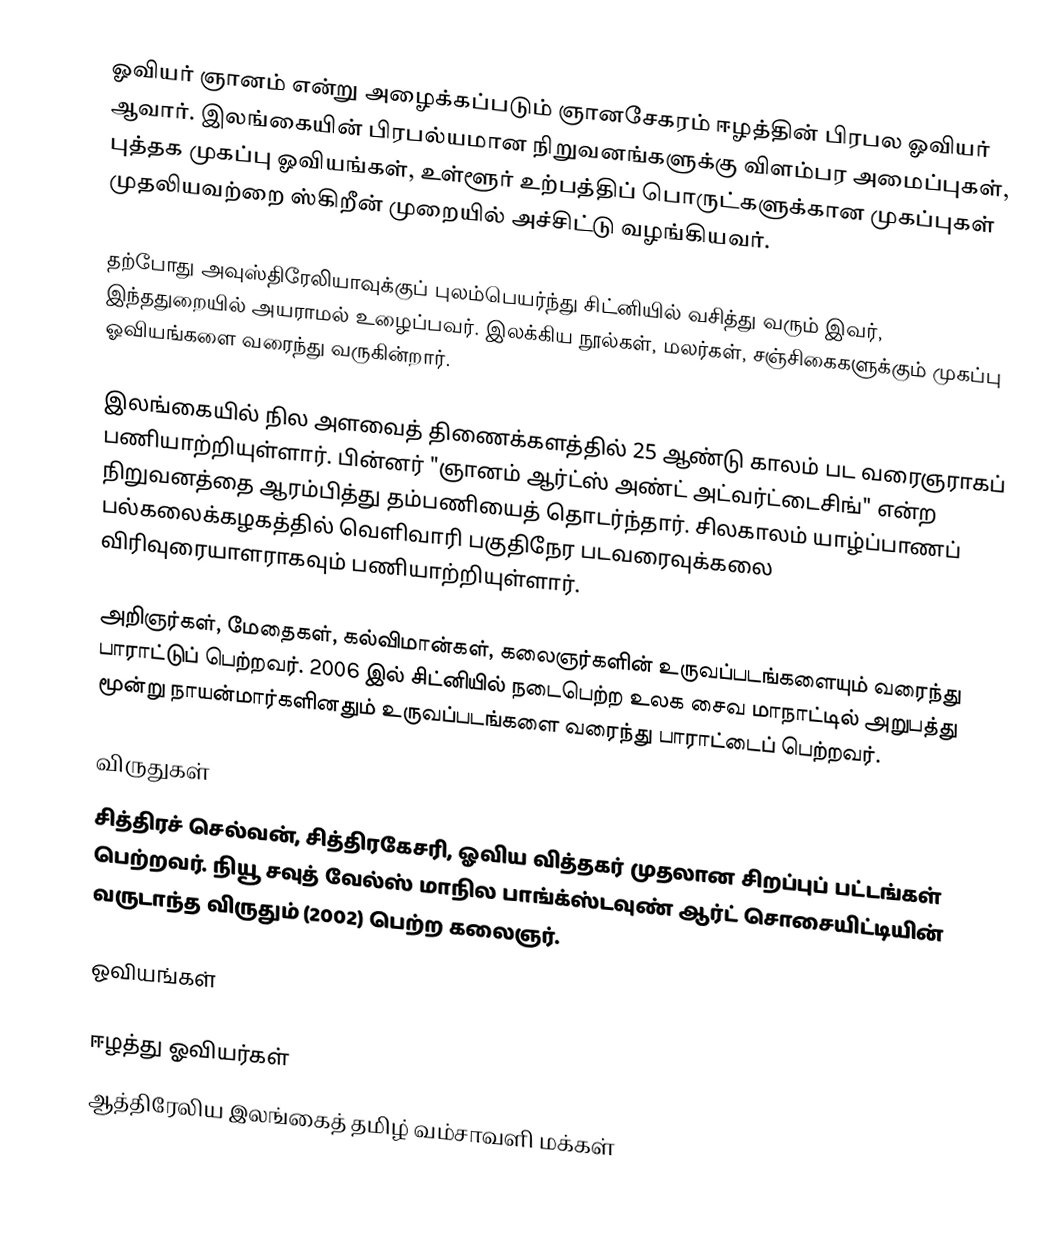
ஓவியர் ஞானம் என்று அழைக்கப்படும் ஞானசேகரம் ஈழத்தின் பிரபல ஓவியர் ஆவார். இலங்கையின் பிரபல்யமான நிறுவனங்களுக்கு விளம்பர அமைப்புகள், புத்தக முகப்பு ஓவியங்கள், உள்ளூர் உற்பத்திப் பொருட்களுக்கான முகப்புகள் முதலியவற்றை ஸ்கிறீன் முறையில் அச்சிட்டு வழங்கியவர்.

தற்போது அவுஸ்திரேலியாவுக்குப் புலம்பெயர்ந்து சிட்னியில் வசித்து வரும் இவர், இந்ததுறையில் அயராமல் உழைப்பவர். இலக்கிய நூல்கள், மலர்கள், சஞ்சிகைகளுக்கும் முகப்பு ஓவியங்களை வரைந்து வருகின்றார்.

இலங்கையில் நில அளவைத் திணைக்களத்தில் 25 ஆண்டு காலம் பட வரைஞராகப் பணியாற்றியுள்ளார். பின்னர் "ஞானம் ஆர்ட்ஸ் அண்ட் அட்வர்ட்டைசிங்" என்ற நிறுவனத்தை ஆரம்பித்து தம்பணியைத் தொடர்ந்தார். சிலகாலம் யாழ்ப்பாணப் பல்கலைக்கழகத்தில் வெளிவாரி பகுதிநேர படவரைவுக்கலை விரிவுரையாளராகவும் பணியாற்றியுள்ளார்.

அறிஞர்கள், மேதைகள், கல்விமான்கள், கலைஞர்களின் உருவப்படங்களையும் வரைந்து பாராட்டுப் பெற்றவர். 2006 இல் சிட்னியில் நடைபெற்ற உலக சைவ மாநாட்டில் அறுபத்து மூன்று நாயன்மார்களினதும் உருவப்படங்களை வரைந்து பாராட்டைப் பெற்றவர்.

விருதுகள்
சித்திரச் செல்வன், சித்திரகேசரி, ஓவிய வித்தகர் முதலான சிறப்புப் பட்டங்கள் பெற்றவர். நியூ சவுத் வேல்ஸ் மாநில பாங்க்ஸ்டவுண் ஆர்ட் சொசையிட்டியின் வருடாந்த விருதும் (2002) பெற்ற கலைஞர்.

ஓவியங்கள்

ஈழத்து ஓவியர்கள்
ஆத்திரேலிய இலங்கைத் தமிழ் வம்சாவளி மக்கள்